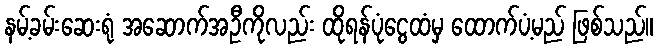
နမ့်ခမ်းဆေးရုံ အဆောက်အဦကိုလည်း ထိုရန်ပုံငွေထံမှ ထောက်ပံ့မည် ဖြစ်သည်။